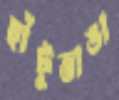
হাঁটুভাঙা